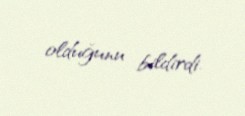
olduğunu bildirdi.